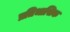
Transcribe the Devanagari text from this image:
प्रतिभासिक